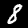
Digit: 8